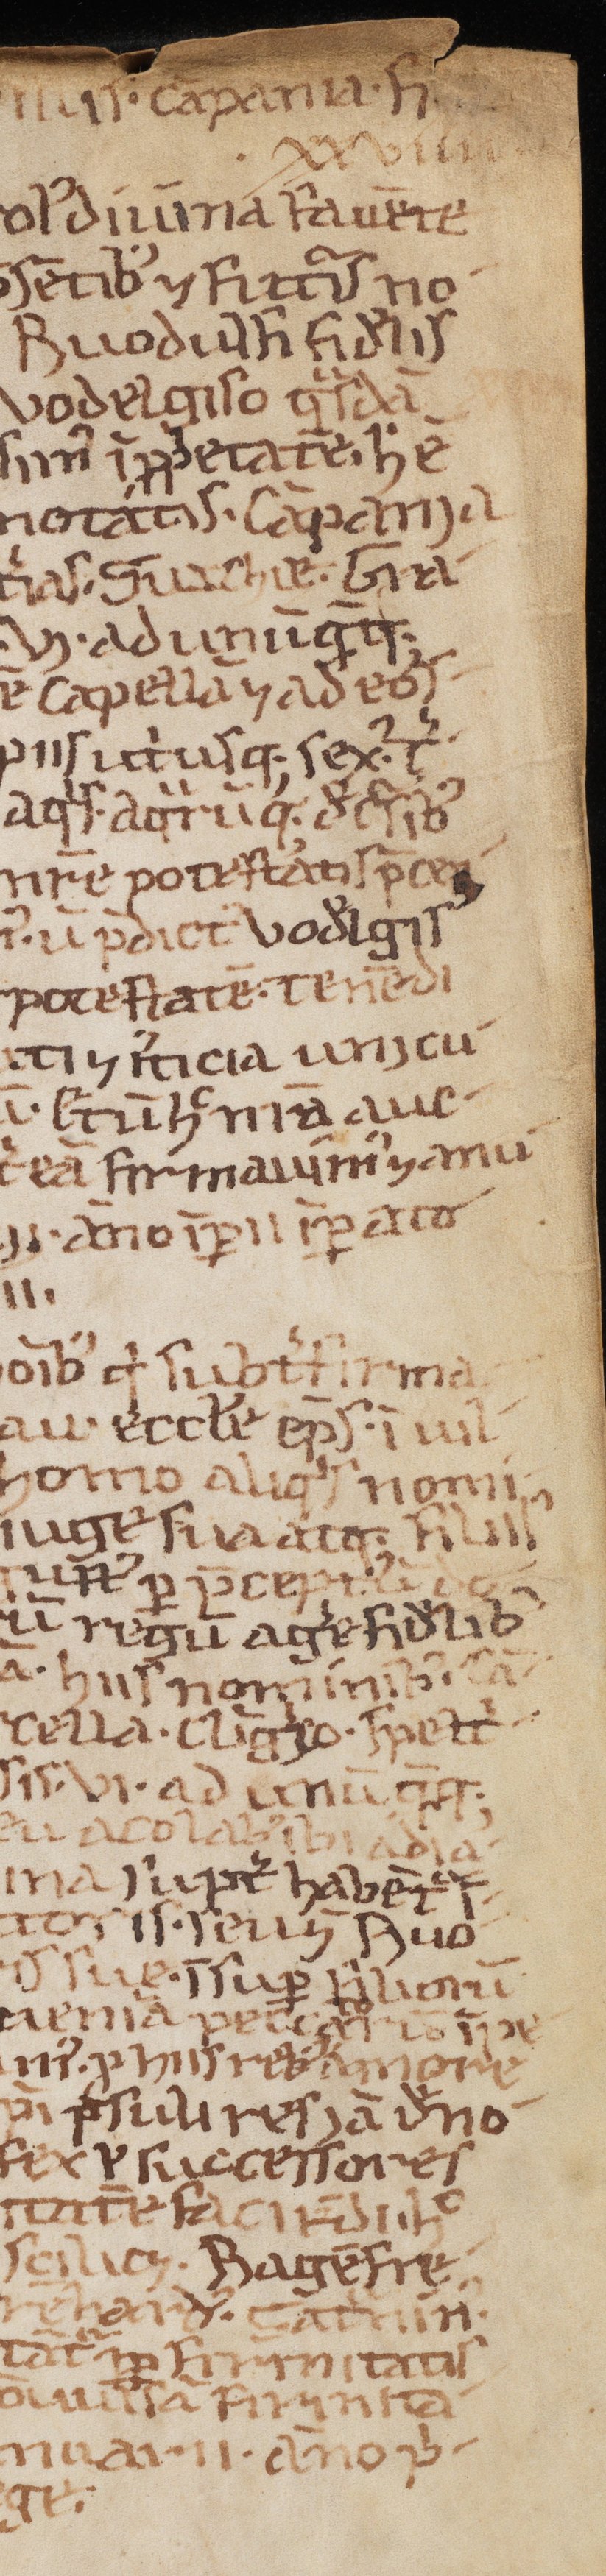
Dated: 1188–1257